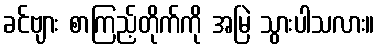
ခင်ဗျား စာကြည့်တိုက်ကို အမြဲ သွားပါသလား။